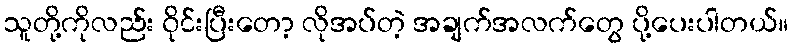
သူတို့ကိုလည်း ၀ိုင်းပြီးတော့ လိုအပ်တဲ့ အချက်အလက်တွေ ပို့ပေးပါတယ်။